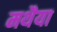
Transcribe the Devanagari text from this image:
मथैया